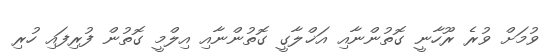
ވުމަށް ވުރެ ރޫހާނީ ގޮތުންނާއި އަޚްލާގީ ގޮތުންނާއި އިލްމީ ގޮތުން ފުރިފައި ހުރި